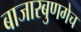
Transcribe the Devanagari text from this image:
बाजारबुणगेच